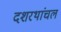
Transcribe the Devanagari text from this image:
दशरथांचल